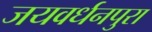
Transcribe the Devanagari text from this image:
जयवर्धनपुरा